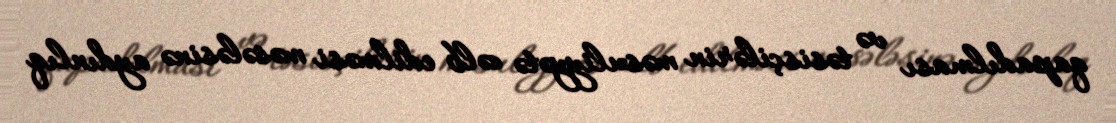
qapadılması və təsisçilərin məsuliyyətə cəlb edilməsi məsələsinə aydınlıq